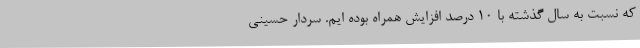
که نسبت به سال گذشته با 10 درصد افزایش همراه بوده ایم. سردار حسینی